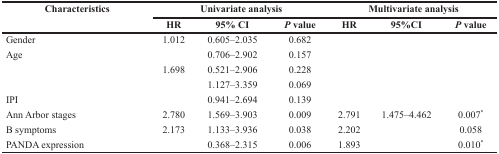
<table><thead><tr><td rowspan="2"><b>Characteristics</b></td><td colspan="3"><b>Univariate analysis</b></td><td colspan="3"><b>Multivariate analysis</b></td></tr><tr><td><b>HR</b></td><td><b>95% CI</b></td><td><b><i>P</i> value</b></td><td><b>HR</b></td><td><b>95%CI</b></td><td><b><i>P</i> value</b></td></tr></thead><tbody><tr><td>Gender</td><td>1.012</td><td>0.605–2.035</td><td>0.682</td><td>[EMPTY_CELL]</td><td>[EMPTY_CELL]</td><td>[EMPTY_CELL]</td></tr><tr><td>Age</td><td>[EMPTY_CELL]</td><td>0.706–2.902</td><td>0.157</td><td>[EMPTY_CELL]</td><td>[EMPTY_CELL]</td><td>[EMPTY_CELL]</td></tr><tr><td>[EMPTY_CELL]</td><td>1.698</td><td>0.521–2.906</td><td>0.228</td><td>[EMPTY_CELL]</td><td>[EMPTY_CELL]</td><td>[EMPTY_CELL]</td></tr><tr><td>[EMPTY_CELL]</td><td>[EMPTY_CELL]</td><td>1.127–3.359</td><td>0.069</td><td>[EMPTY_CELL]</td><td>[EMPTY_CELL]</td><td>[EMPTY_CELL]</td></tr><tr><td>IPI</td><td>[EMPTY_CELL]</td><td>0.941–2.694</td><td>0.139</td><td>[EMPTY_CELL]</td><td>[EMPTY_CELL]</td><td>[EMPTY_CELL]</td></tr><tr><td>Ann Arbor stages</td><td>2.780</td><td>1.569–3.903</td><td>0.009</td><td>2.791</td><td>1.475–4.462</td><td>0.007<sup>*</sup></td></tr><tr><td>B symptoms</td><td>2.173</td><td>1.133–3.936</td><td>0.038</td><td>2.202</td><td>[EMPTY_CELL]</td><td>0.058</td></tr><tr><td>PANDA expression</td><td>[EMPTY_CELL]</td><td>0.368–2.315</td><td>0.006</td><td>1.893</td><td>[EMPTY_CELL]</td><td>0.010<sup>*</sup></td></tr></tbody></table>